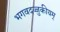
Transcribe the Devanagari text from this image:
भगवदज्जुकीयम्‌